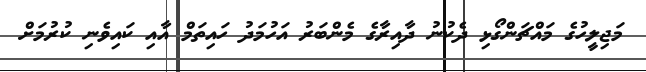
މަޖިލީހުގެ މައްޗަންގޯޅި ދެކުނު ދާއިރާގެ މެންބަރު އަހުމަދު ހައިތަމް އާއި ކައިވެނި ކުރުމަށް